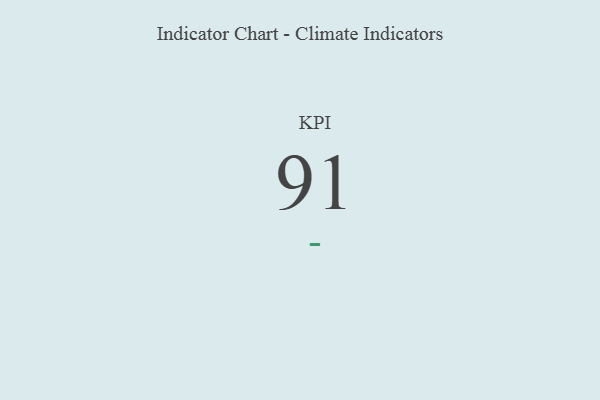
{"axis": {"x": "KPI", "y": "Value"}, "legend": [""], "data": [{"x": "KPI", "y": 91, "type": ""}]}